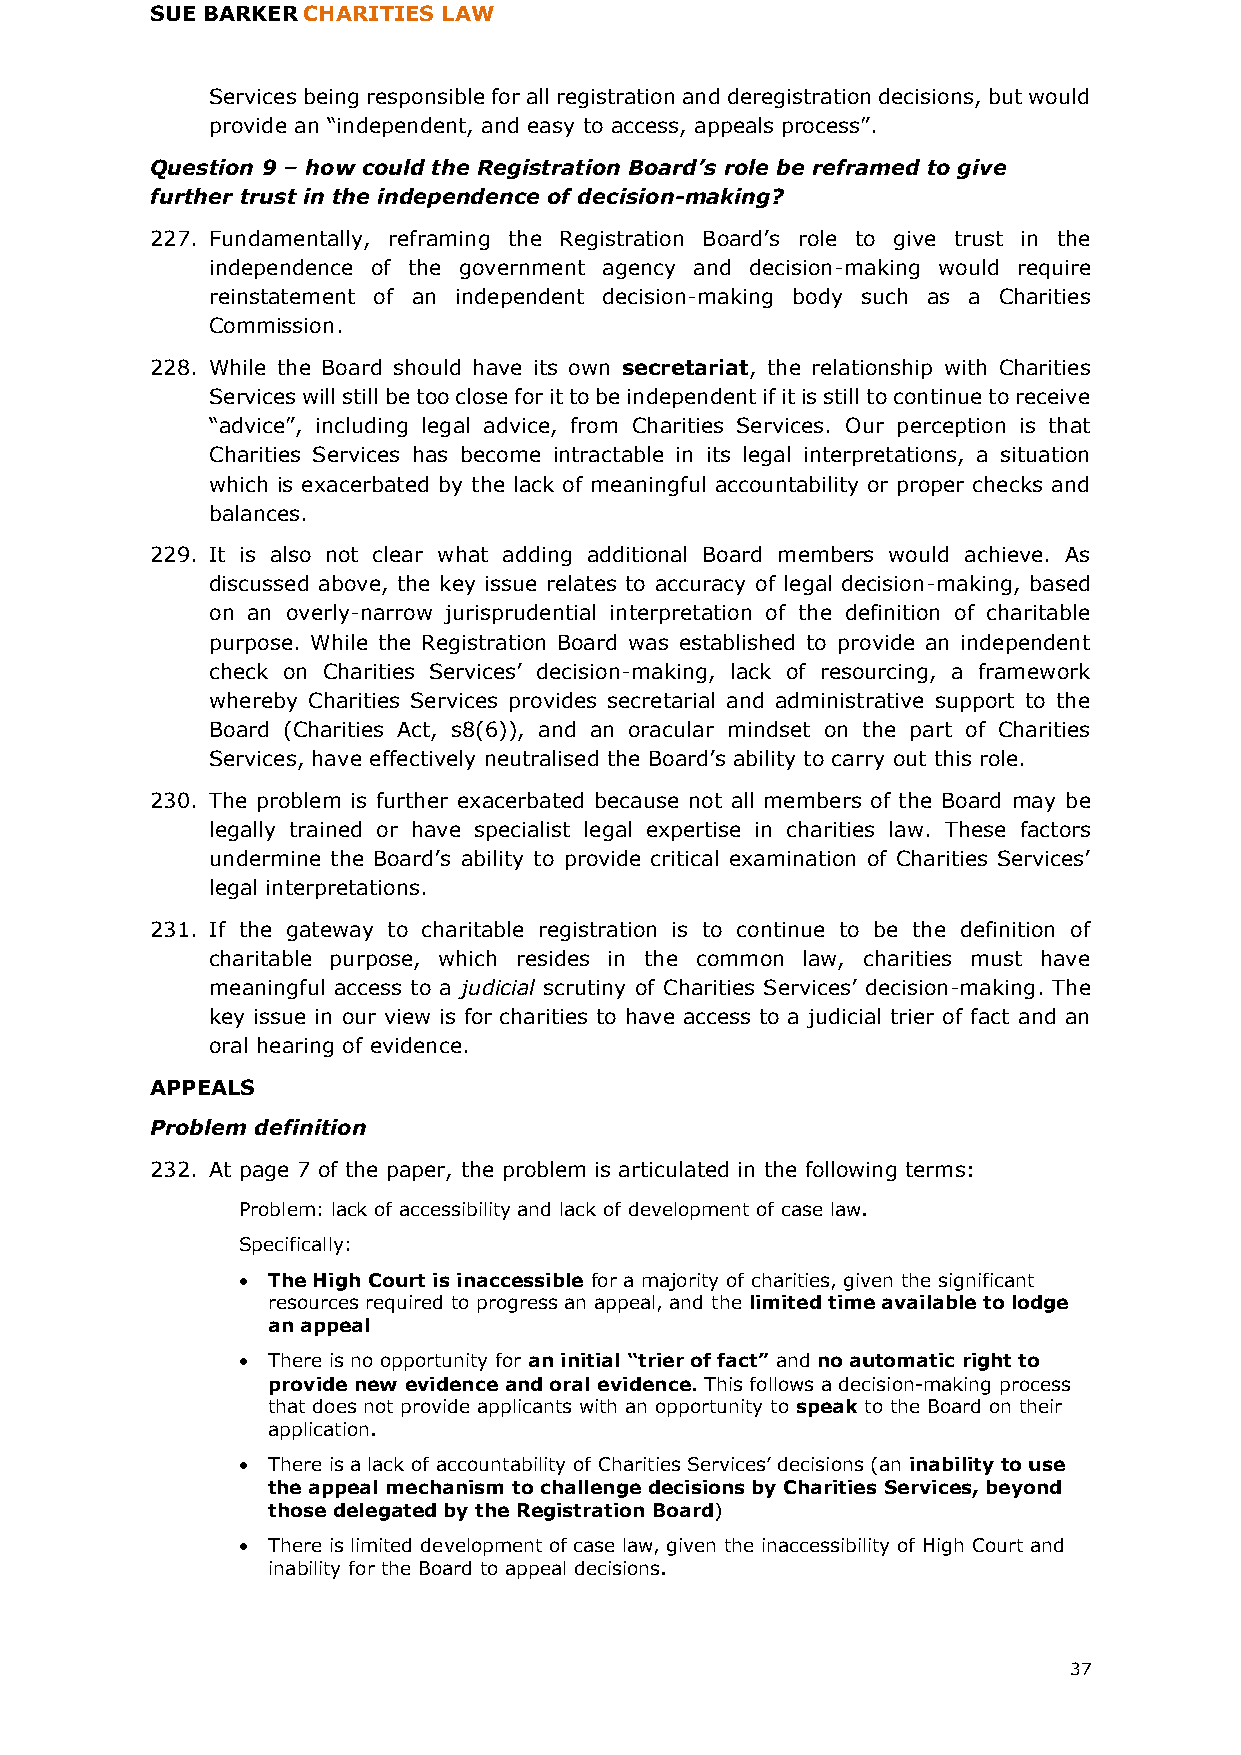
SUE BARKER CHARITIES LAW
 Services being responsible for all registration and deregistration decisions, but would
 provide an “independent, and easy to access, appeals process”.
 Question 9 – how could the Registration Board’s role be reframed to give
 further trust in the independence of decision-making?
 227. Fundamentally, reframing the Registration Board’s role to give trust in the
 independence of the government agency and decision-making would require
 reinstatement of an independent decision-making body such as a Charities
 Commission.
 228. While the Board should have its own secretariat, the relationship with Charities
 Services will still be too close for it to be independent if it is still to continue to receive
 “advice”, including legal advice, from Charities Services. Our perception is that
 Charities Services has become intractable in its legal interpretations, a situation
 which is exacerbated by the lack of meaningful accountability or proper checks and
 balances.
 229. It is also not clear what adding additional Board members would achieve. As
 discussed above, the key issue relates to accuracy of legal decision-making, based
 on an overly-narrow jurisprudential interpretation of the definition of charitable
 purpose. While the Registration Board was established to provide an independent
 check on Charities Services’ decision-making, lack of resourcing, a framework
 whereby Charities Services provides secretarial and administrative support to the
 Board (Charities Act, s8(6)), and an oracular mindset on the part of Charities
 Services, have effectively neutralised the Board’s ability to carry out this role.
 230. The problem is further exacerbated because not all members of the Board may be
 legally trained or have specialist legal expertise in charities law. These factors
 undermine the Board’s ability to provide critical examination of Charities Services’
 legal interpretations.
 231. If the gateway to charitable registration is to continue to be the definition of
 charitable purpose, which resides in the common law, charities must have
 meaningful access to a judicial scrutiny of Charities Services’ decision-making. The
 key issue in our view is for charities to have access to a judicial trier of fact and an
 oral hearing of evidence.
 APPEALS
 Problem definition
 232. At page 7 of the paper, the problem is articulated in the following terms:
 Problem: lack of accessibility and lack of development of case law.
 Specifically:
 • The High Court is inaccessible for a majority of charities, given the significant
 resources required to progress an appeal, and the limited time available to lodge
 an appeal
 • There is no opportunity for an initial “trier of fact” and no automatic right to
 provide new evidence and oral evidence. This follows a decision-making process
 that does not provide applicants with an opportunity to speak to the Board on their
 application.
 • There is a lack of accountability of Charities Services’ decisions (an inability to use
 the appeal mechanism to challenge decisions by Charities Services, beyond
 those delegated by the Registration Board)
 • There is limited development of case law, given the inaccessibility of High Court and
 inability for the Board to appeal decisions.
 37